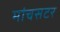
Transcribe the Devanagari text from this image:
मांचसटर